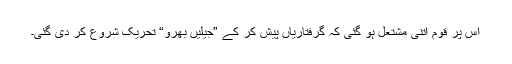
اس پر قوم اتنی مشتعل ہو گئی کہ گرفتاریاں پیش کر کے ”جیلیں بھرو“ تحریک شروع کر دی گئی۔